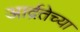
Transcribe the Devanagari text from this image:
आर्द्रतेच्या